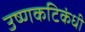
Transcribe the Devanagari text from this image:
उष्णकटिकंधी